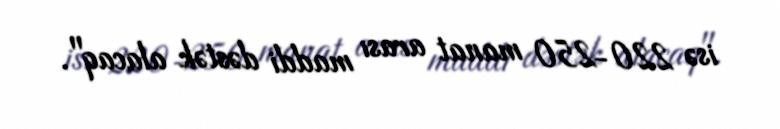
isə 220-250 manat arası maddi dəstək alacaq".